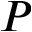
P